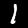
Digit: 1